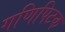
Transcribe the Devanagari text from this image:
गणिपिटक